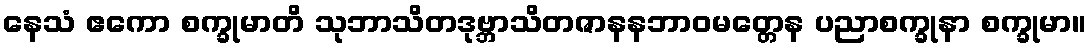
နေသံ ဧကော စက္ခုမာတိ သုဘာသိတဒုဗ္ဘာသိတဇာနနဘာဝမတ္တေန ပညာစက္ခုနာ စက္ခုမာ။